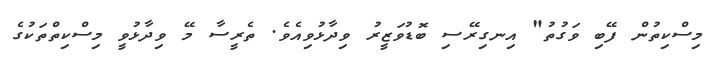
މިސްކިތުން ފޭބި ވަގުތު" އިނގިރޭސި ބޮޑުވަޒީރު ވިދާޅުވިއެވެ. ތެރީސާ މޭ ވިދާޅުވީ މިސްކިތްތަކުގެ